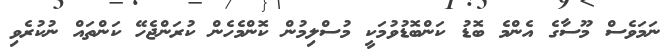
ނަމަވެސް މޫސާގެ އެންމެ ބޮޑު ކަންބޮޑުވުމަކީ މުސްލިމުން ކޮންމެހެން ކުރަންޖެހޭ ކަންތައް ނުކުރެވި